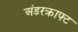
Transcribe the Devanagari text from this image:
अंडरक्राफ्ट